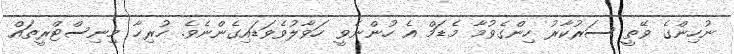
ނުހިންގެ ވޭތީ ސަރުކާރު ހިންގެވުމާ މެޑަމް އެ ހުންނެވީ ހަވާލުވެވަޑައިގެންނެވެ. ހުރިހާ މިނިސްޓްރީތައް